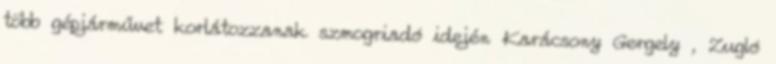
több gépjárművet korlátozzanak szmogriadó idején Karácsony Gergely , Zugló